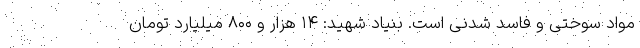
مواد سوختی و فاسد شدنی است. بنیاد شهید: ۱۴ هزار و ۸۰۰ میلیارد تومان